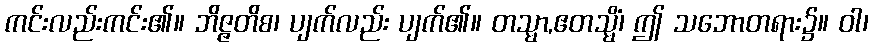
ကင်းလည်းကင်း၏။ ဘိဇ္ဇတိစ၊ ပျက်လည်း ပျက်၏။ တသ္မာ,ဧတသ္မိံ၊ ဤ သဘောတရား၌။ ဝါ၊